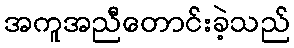
အကူအညီတောင်းခဲ့သည်